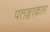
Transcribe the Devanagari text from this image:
पतङ्गाकार